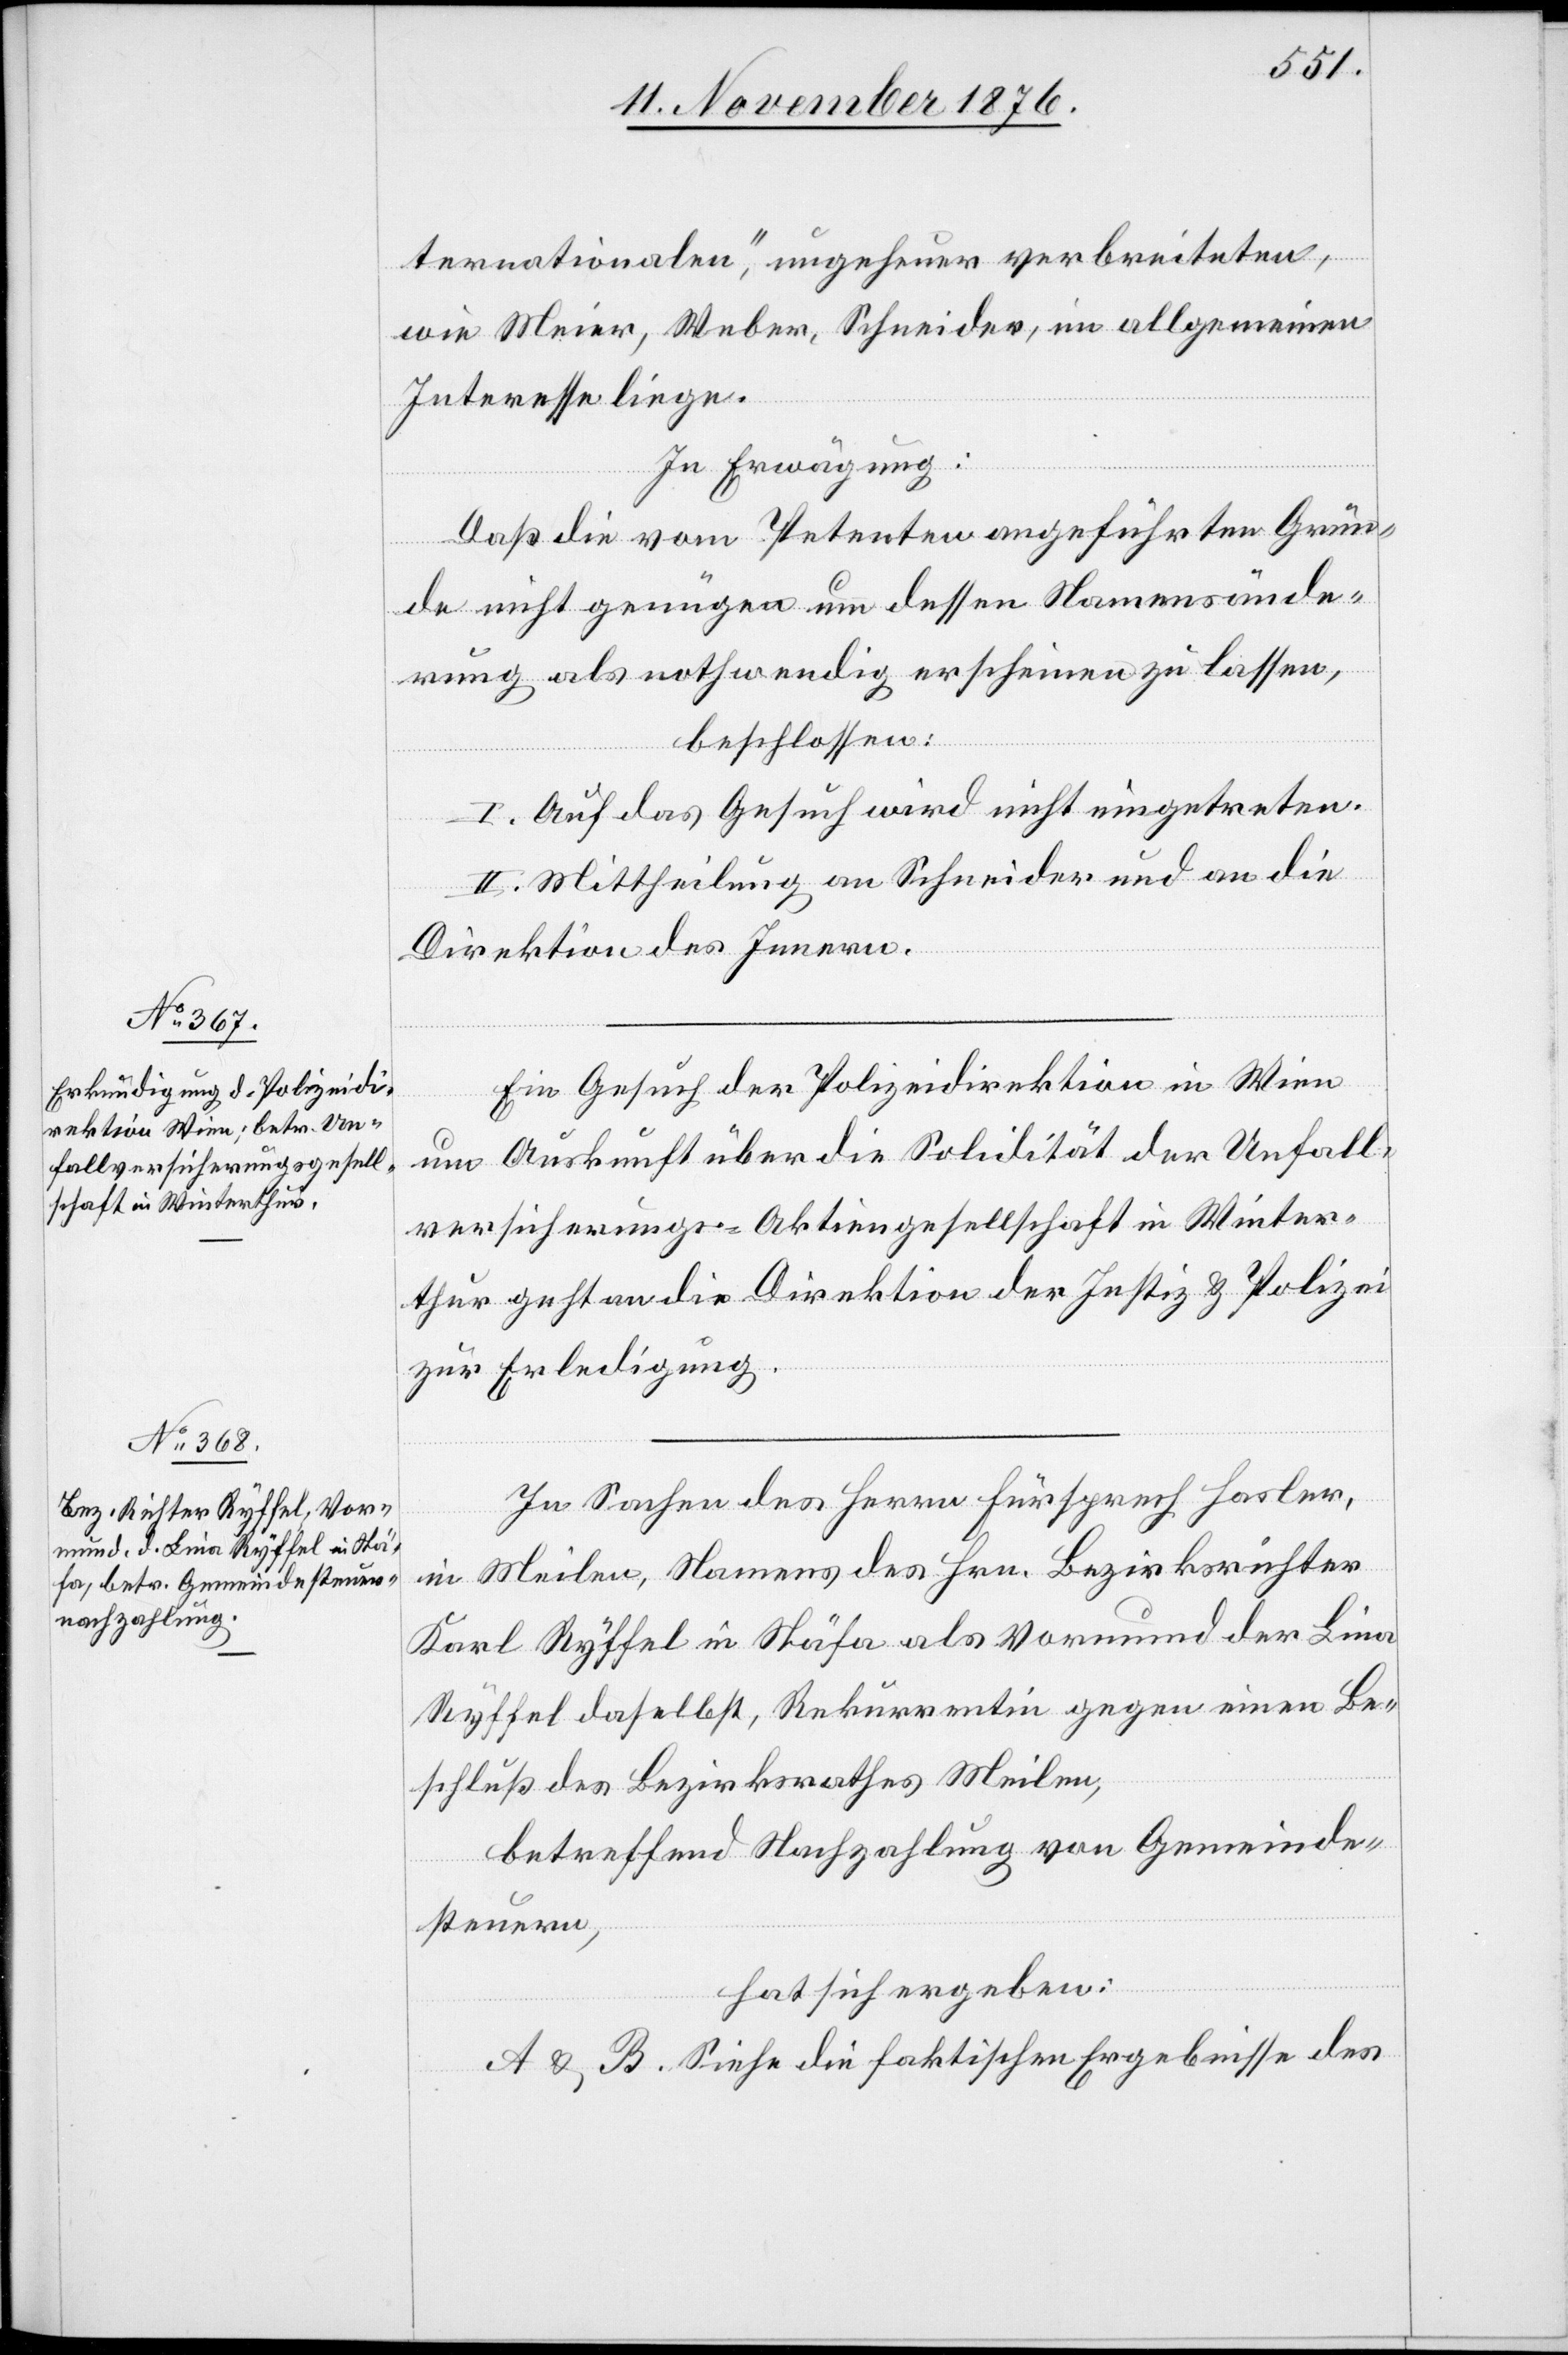
ternationalen“, ungeheuer verbreiteten,
wie Meier, Weber, Schneider, im allgemeinen
Interesse liege.
In Erwägung:
Daß die vom Petenten angeführten Grün¬
de nicht genügen um dessen Namensände¬
rung als nothwendig erscheinen zu lassen,
beschlossen:
I. Auf das Gesuch wird nicht eingetreten.
II. Mittheilung an Schneider und an die
Direktion des Innern.
Ein Gesuch der Polizeidirektion in Wien
um Auskunft über die Solidität der Unfall¬
versicherungs-Aktiengesellschaft in Winter¬
thur geht an die Direktion der Justiz & Polizei
zur Erledigung.
In Sachen des Herrn Fürsprech Hasler,
in Meilen, Namens des Hrn. Bezirksrichter
Karl Ryffel in Stäfa als Vormund der Lina
Ryffel daselbst, Rekurrentin gegen einen Be¬
schluß des Bezirksrathes Meilen,
betreffend Nachzahlung von Gemeinde¬
steuern,
hat sich ergeben:
A & B. Siehe die faktischen Ergebnisse des